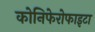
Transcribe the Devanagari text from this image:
कोनिफेरोफाइटा